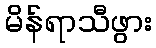
မိန်ရာသီဖွား